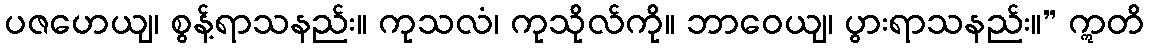
ပဇဟေယျ၊ စွန့်ရာသနည်း။ ကုသလံ၊ ကုသိုလ်ကို။ ဘာဝေယျ၊ ပွားရာသနည်း။” ဣတိ